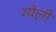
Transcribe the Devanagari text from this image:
ग्येली